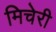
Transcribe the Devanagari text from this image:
मिचेरी